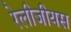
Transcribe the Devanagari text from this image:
रेलीजीयस